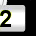
Digit: 2